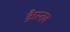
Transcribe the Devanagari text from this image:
क्रैस्तव